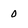
Character: 0